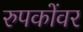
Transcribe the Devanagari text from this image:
रुपकोंवर